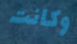
وكانت